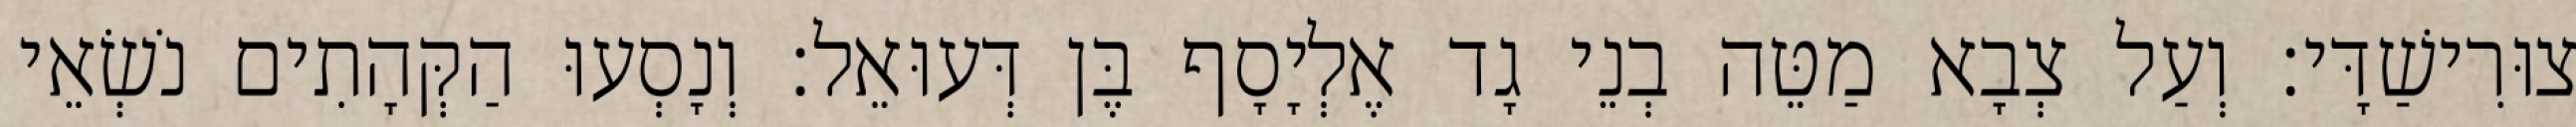
צוּרִישַׁדָּי׃ וְעַל צְבָא מַטֵּה בְנֵי גָד אֶלְיָסָף בֶּן דְּעוּאֵל׃ וְנָסְעוּ הַקְּהָתִים נֹשְׂאֵי